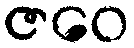
ဇဝေ